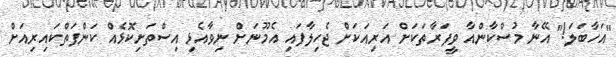
"އަހާބަލަ!" އޭނާ މުސްކާންއާ ވީފަރާތަކަށް އަރިއަކަށް ޖެހިލާފައި އެމޫނަށް ނިވާއެޅި އިސްތަށިކޮޅެއް ކަންފަތްކައިރިއަށް